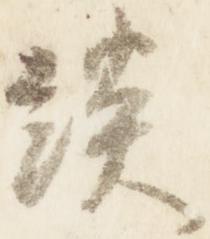
淡